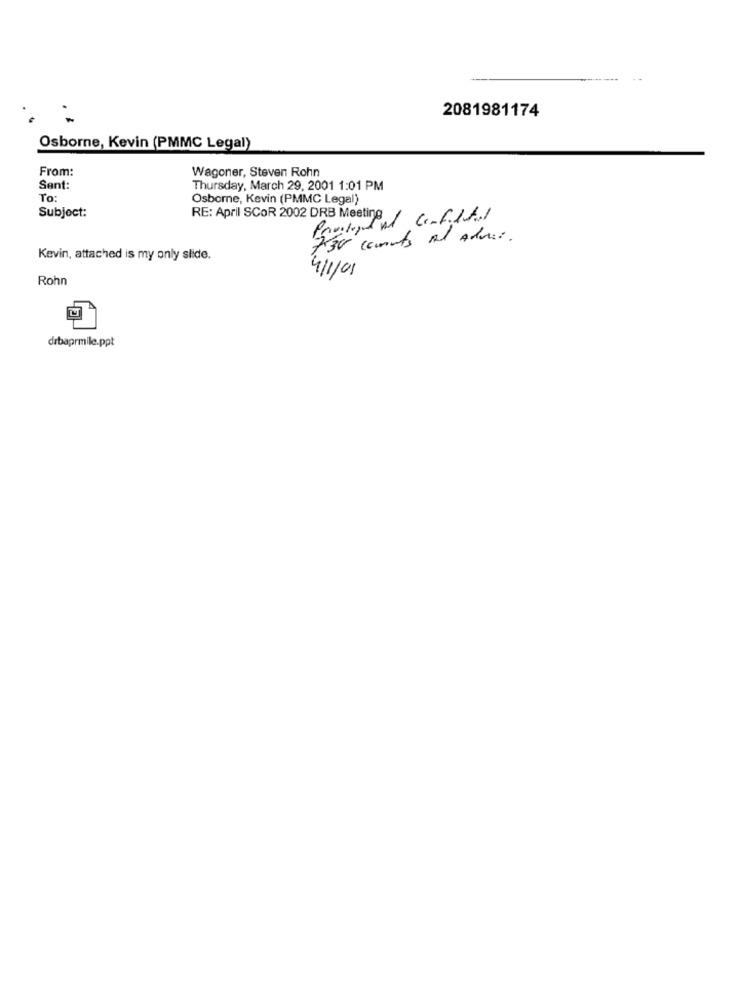
2081981174
Osborne, Kevin (PMMC Legal)
From:
Wagoner, Steven Rohn
Sent:
Thursday, March 29, 2001 1:01 PM
To:
Osborne, Kevin (PMMC Legal)
Subject:
RE: April SCOR 2002 DRB Meeting c.f.lfl
730 counts At Advise.
Kevin, attached is my only slide.
Rohn
4/1/01
drbaprmile.ppt